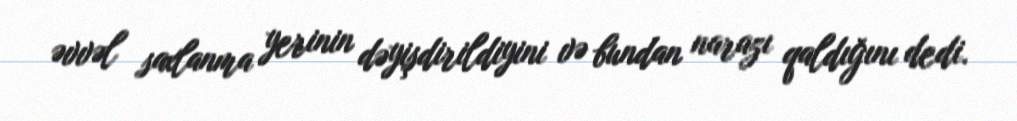
əvvəl saxlanma yerinin dəyişdirildiyini və bundan narazı qaldığını dedi.